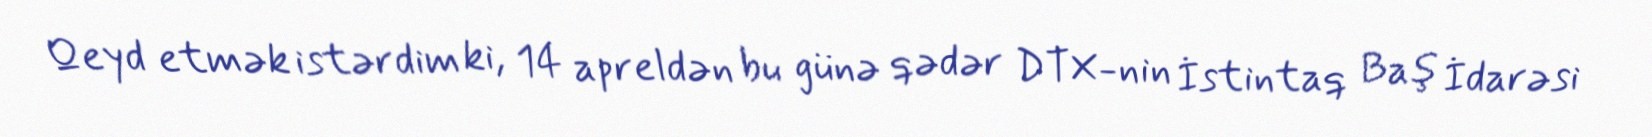
Qeyd etmək istərdim ki, 14 apreldən bu günə qədər DTX-nin İstintaq Baş İdarəsi